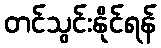
တင်သွင်းနိုင်ရန်